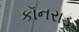
કૉનરાડ